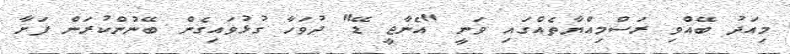
މިއަދު ބޭއްވި ރަސްމިއްޔާތެއްގައި ވަނީ "އެނާޖީ ޑޭ" ދުވަހާ ގުޅުވައިގެން ބޭނުންކުރަން ފަށާ